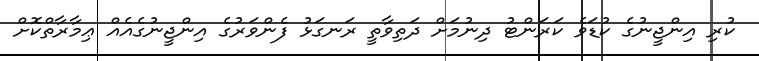
ކުރި އިންޖީނުގެ ކުޑަވެ ކަރަންޓު ދިނުމަށް ދަތިވާތީ ރަނގަޅު ފެންވަރުގެ އިންޖީނުގެއެއް ޢިމާރާތްކޮށް